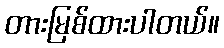
တားမြစ်ထားပါတယ်။